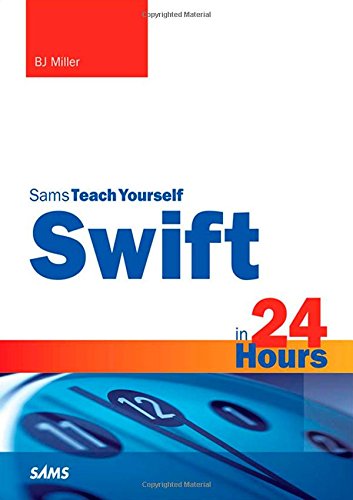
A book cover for Swift in 24 Hours, Sams Teach Yourself (Sams Teach Yourself -- Hours); BJ Miller; Computers & Technology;